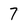
Character: 7